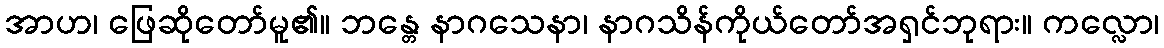
အာဟ၊ ဖြေဆိုတော်မူ၏။ ဘန္တေ နာဂသေနာ၊ နာဂသိန်ကိုယ်တော်အရှင်ဘုရား။ ကလ္လော၊